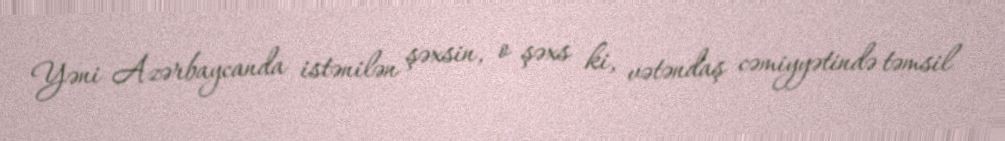
Yəni Azərbaycanda istənilən şəxsin, o şəxs ki, vətəndaş cəmiyyətində təmsil